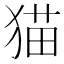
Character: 猫